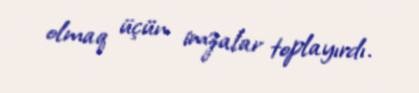
olmaq üçün imzalar toplayırdı.